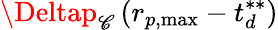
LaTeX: \Deltap_{\mathscr{C}}\left(r_{p,\mathrm{{{max}}}}-t_{d}^{**}\right)